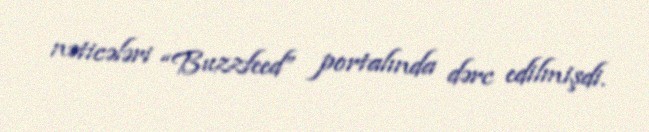
nəticələri “Buzzfeed” portalında dərc edilmişdi.